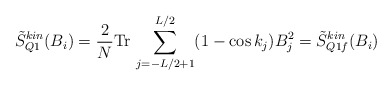
\begin{align*}\tilde{S}_{Q1}^{kin} (B_i ) =\frac{2}{N} \mbox{Tr} \, \sum_{j=-L/2 +1}^{L/2} (1-\cos k_j ) B_j^2=\tilde{S}_{Q1f}^{kin} (B_i )\end{align*}